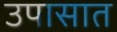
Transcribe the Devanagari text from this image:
उपासात